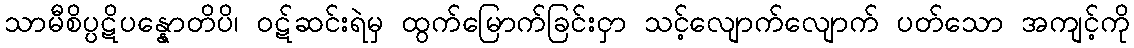
သာမီစိပ္ပဋိပန္နောတိပိ၊ ဝဋ်ဆင်းရဲမှ ထွက်မြောက်ခြင်းငှာ သင့်လျောက်လျောက် ပတ်သော အကျင့်ကို